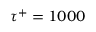
\tau ^ { + } = 1 0 0 0